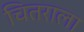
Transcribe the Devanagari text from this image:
चितराला